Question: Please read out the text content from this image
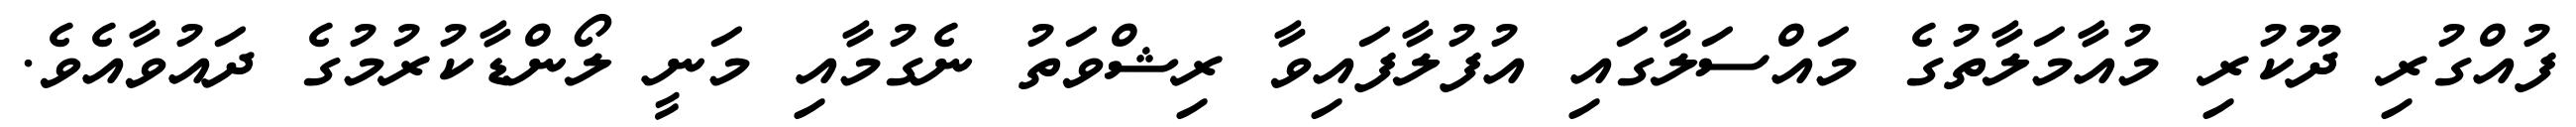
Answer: ފުއްގުރި ދޫކުރި މުއާމަލާތުގެ މައްސަލާގައި އުފުލާފައިވާ ރިޝްވަތު ނެގުމާއި މަނީ ލޯންޑާކުރުމުގެ ދައުވާއެވެ.